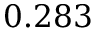
0 . 2 8 3